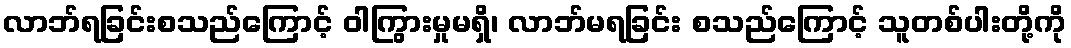
လာဘ်ရခြင်းစသည်ကြောင့် ဝါကြွားမှုမရှိ၊ လာဘ်မရခြင်း စသည်ကြောင့် သူတစ်ပါးတို့ကို